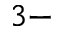
3 -